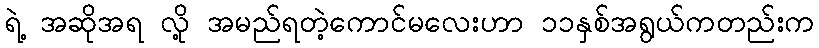
ရဲ့ အဆိုအရ လို့ အမည်ရတဲ့ကောင်မလေးဟာ ၁၁နှစ်အရွယ်ကတည်းက